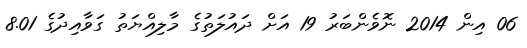
06 އިން 2014 ނޮވެންބަރު 19 އަށް ދައުލަތުގެ މާލިއްޔަތު ގަވާއިދުގެ 8.01